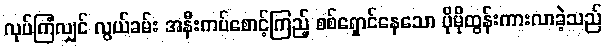
လုပ်ကြံလျှင် လွယ်ခမ်း အနီးကပ်စောင့်ကြည့် စစ်ရှောင်နေသော ပိုမိုထွန်းကားလာခဲ့သည်